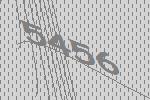
5456